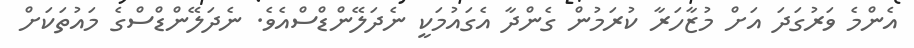
އެންމެ ވަރުގަދަ އަށް މުޒާހަރާ ކުރަމުން ގެންދާ އެގައުމަކީ ނެދަލޭންޑްސްއެވެ. ނެދަލޭންޑްސްގެ މައުތަކަށް